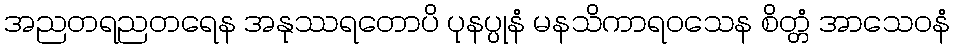
အညတရညတရေန အနုဿရတောပိ ပုနပ္ပုနံ မနသိကာရဝသေန စိတ္တံ အာသေဝနံ